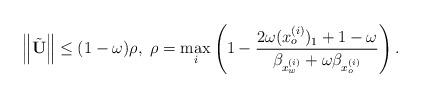
LaTeX: \begin{align*}\left\|\tilde{\mathbf{U}}\right\| \le (1-\omega)\rho, \ \rho=\max_{i}\left(1-\frac{2\omega(x_o^{(i)})_1+1-\omega}{\beta_{x_w^{(i)}}+\omega\beta_{x_o^{(i)}}}\right).\end{align*}